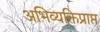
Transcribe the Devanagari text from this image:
अभिव्यक्तिप्राप्त